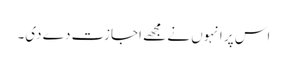
اس پر انہوں نے مجھے اجازت دے دی۔